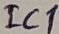
Text: IC1